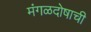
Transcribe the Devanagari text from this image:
मंगळदोषाची